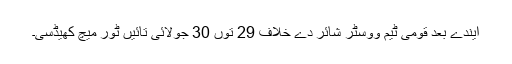
ایندے بعد قومی ٹیم ووسٹر شائر دے خلاف 29 توں 30 جولائی تائیں ٹور میچ کھیڈسی۔